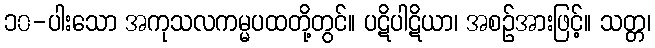
၁၀-ပါးသော အကုသလကမ္မပထတို့တွင်။ ပဋိပါဋိယာ၊ အစဉ်အားဖြင့်။ သတ္တ၊